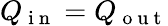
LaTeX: Q_{\mathrm{~i~n~}}=Q_{\mathrm{~o~u~t~}}